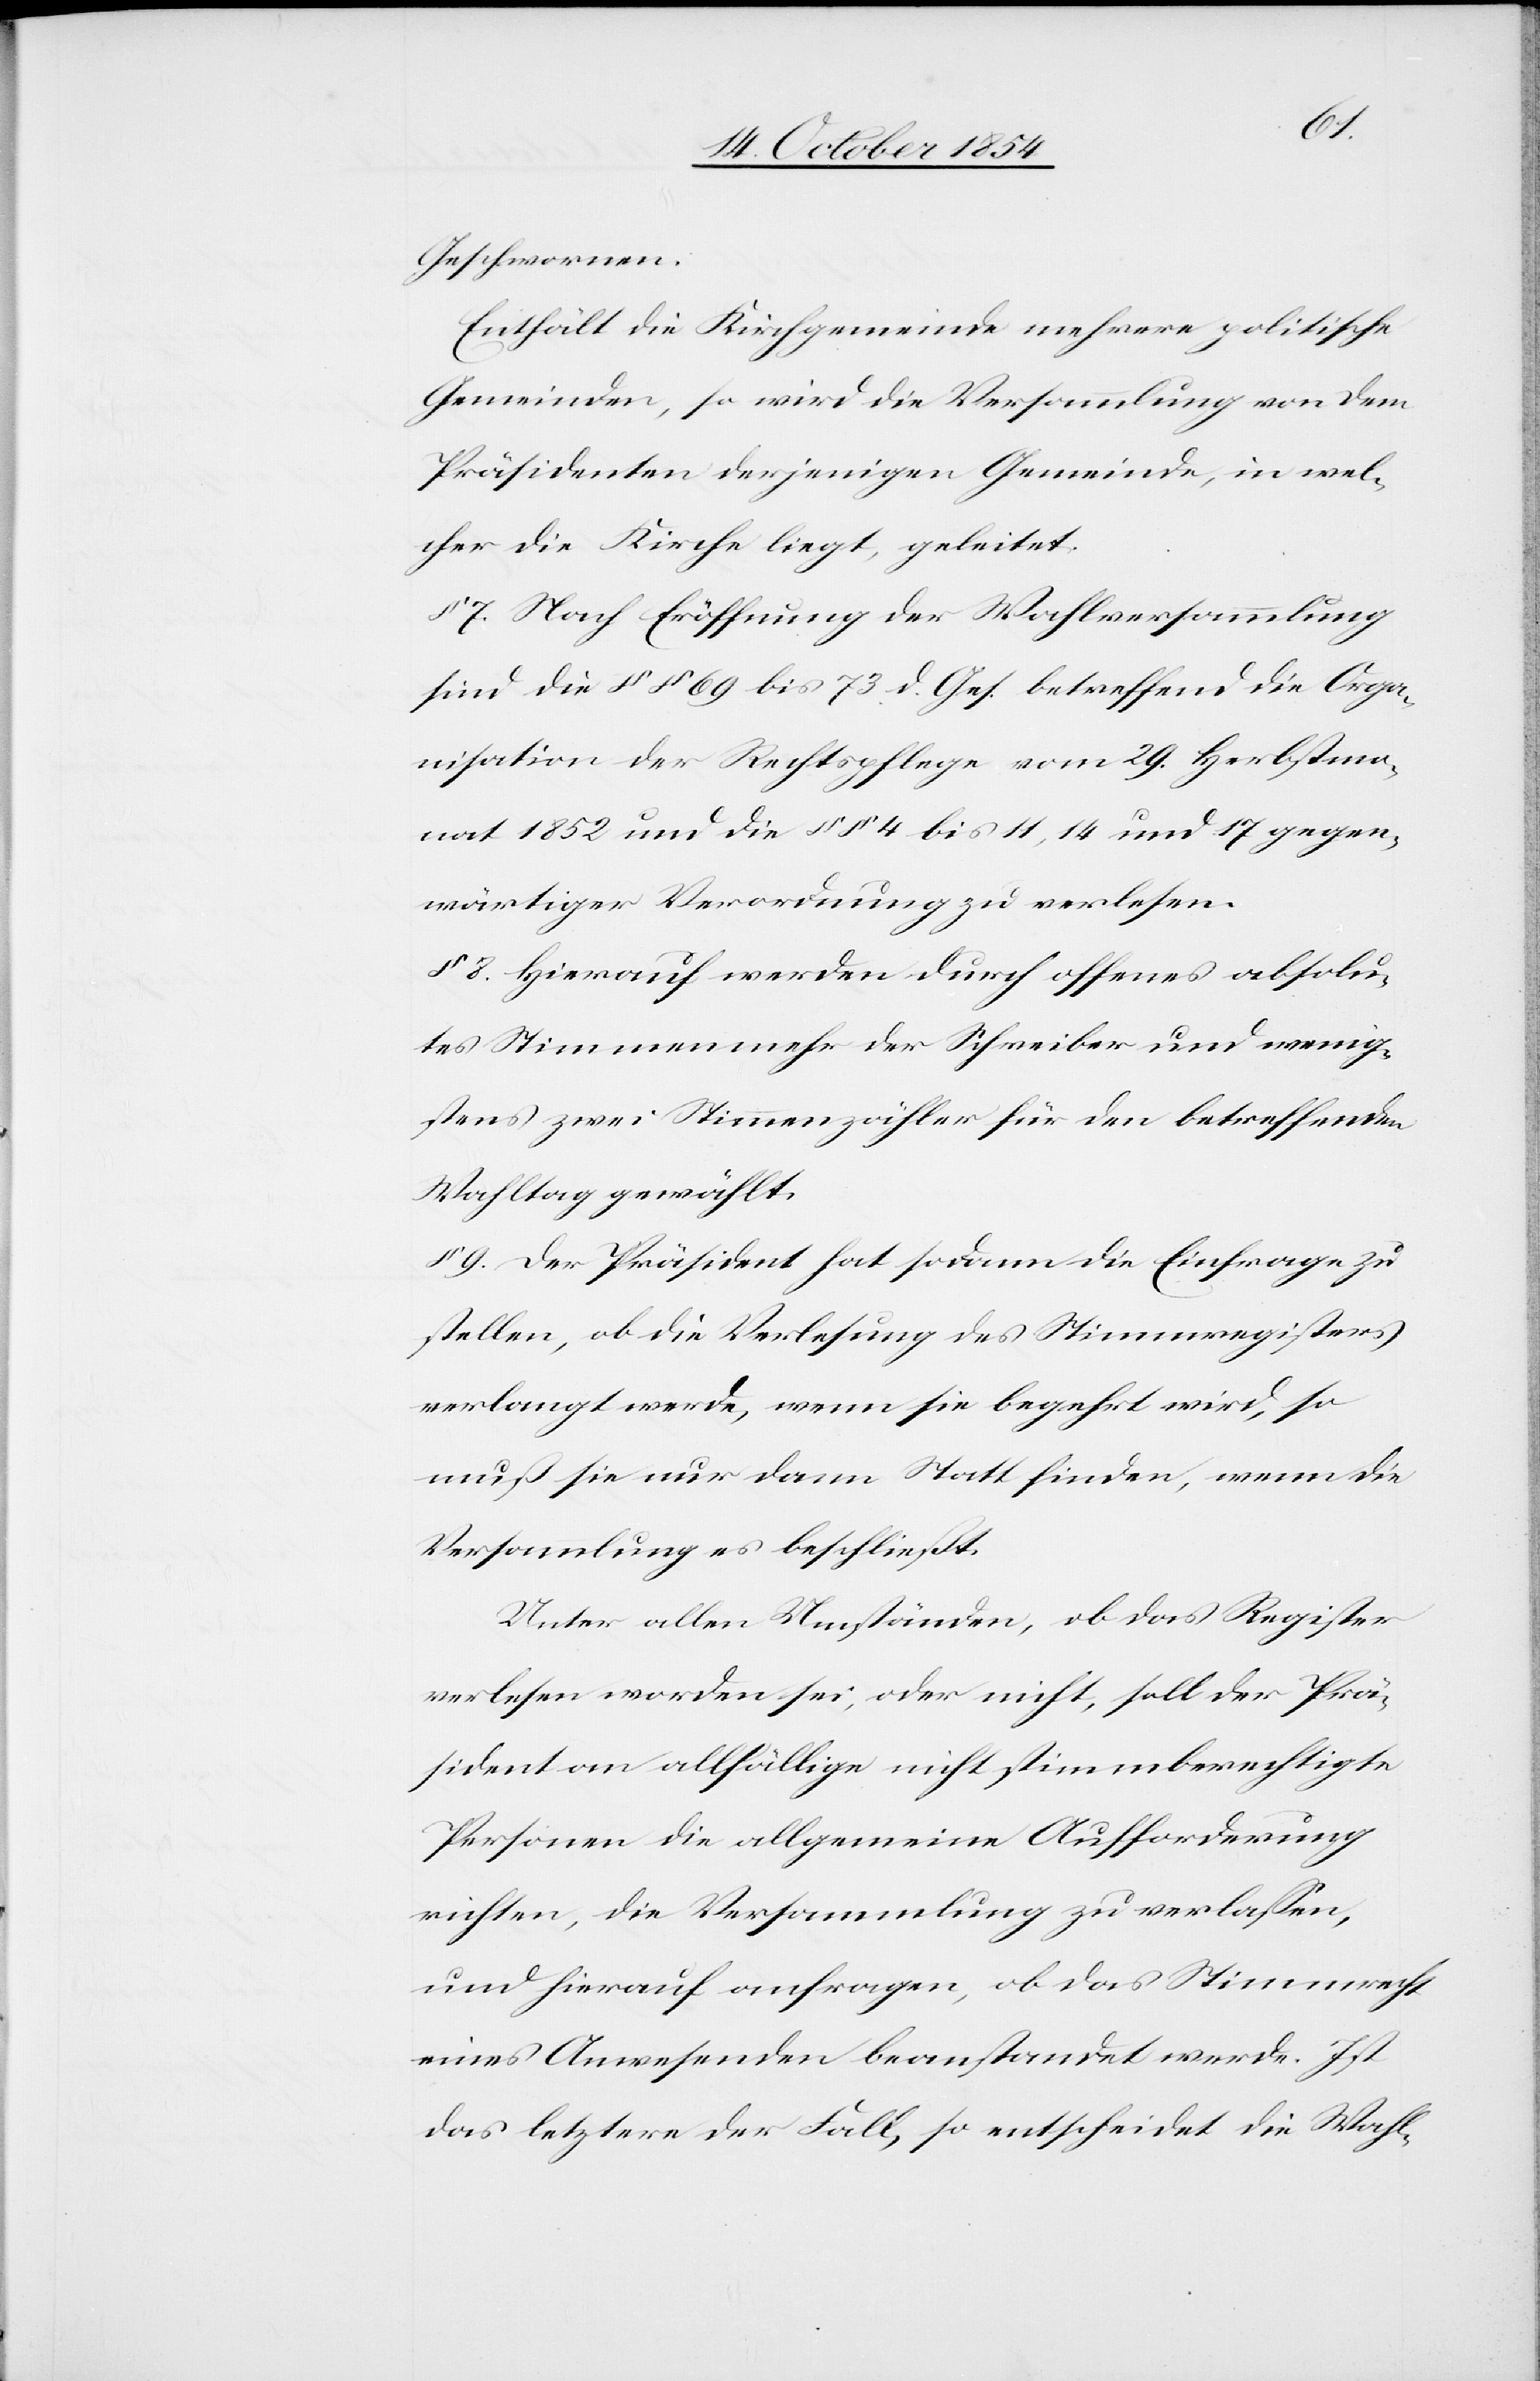
Geschwornen.
Enthält die Kirchgemeinde mehrere politische
Gemeinden, so wird die Versammlung von dem
Präsidenten derjenigen Gemeinde, in wel¬
cher die Kirche liegt, geleitet.
7. Nach Eröffnung der Wahlversammlung
sind die §§ 69 bis 73 d. Ges. betreffend die Orga¬
nisation der Rechtspflege vom 29. Herbstmo¬
nat 1852 und die §§ 4 bis 11, 14 und 17 gegen¬
wärtiger Verordnung zu verlesen.
§ 8. Hierauf werden durch offenes absolu¬
tes Stimmenmehr der Schreiber und wenig¬
stens zwei Stimmenzähler für den betreffenden
Wahltag gewählt.
§ 9. Der Präsident hat sodann die Einfrage zu
stellen, ob die Verlesung des Stimmenregisters
verlangt werde, wenn sie begehrt wird, so
muß sie nur dann Statt finden, wenn die
Versammlung es beschließt.
Unter allen Umständen, ob das Register
verlesen worden sei, oder nicht, soll der Prä¬
sident an allfällige nicht stimmberechtigte
Personen die allgemeine Aufforderung
richten, die Versammlung zu verlaßen,
und hierauf anfragen, ob das Stimmrecht
eines Anwesenden beanstandet werde. Ist
das letztere der Fall, so entscheidet die Wahl-